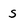
Character: s